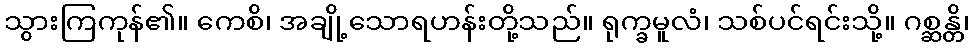
သွားကြကုန်၏။ ကေစိ၊ အချို့သောရဟန်းတို့သည်။ ရုက္ခမူလံ၊ သစ်ပင်ရင်းသို့။ ဂစ္ဆန္တိ၊